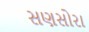
સણસોરા